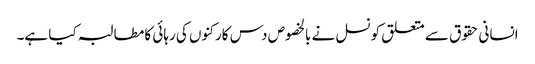
انسانی حقوق سے متعلق کونسل نے بالخصوص دس کارکنوں کی رہائی کا مطالبہ کیا ہے۔